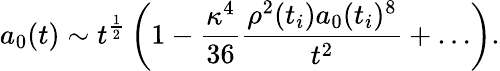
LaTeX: a_{0}(t)\sim t^{\frac{1}{2}}\left(1-\frac{\kappa^{4}}{36}\frac{\rho^{2}(t_{i})a_{0}(t_{i})^{8}}{t^{2}}+\ldots\right).